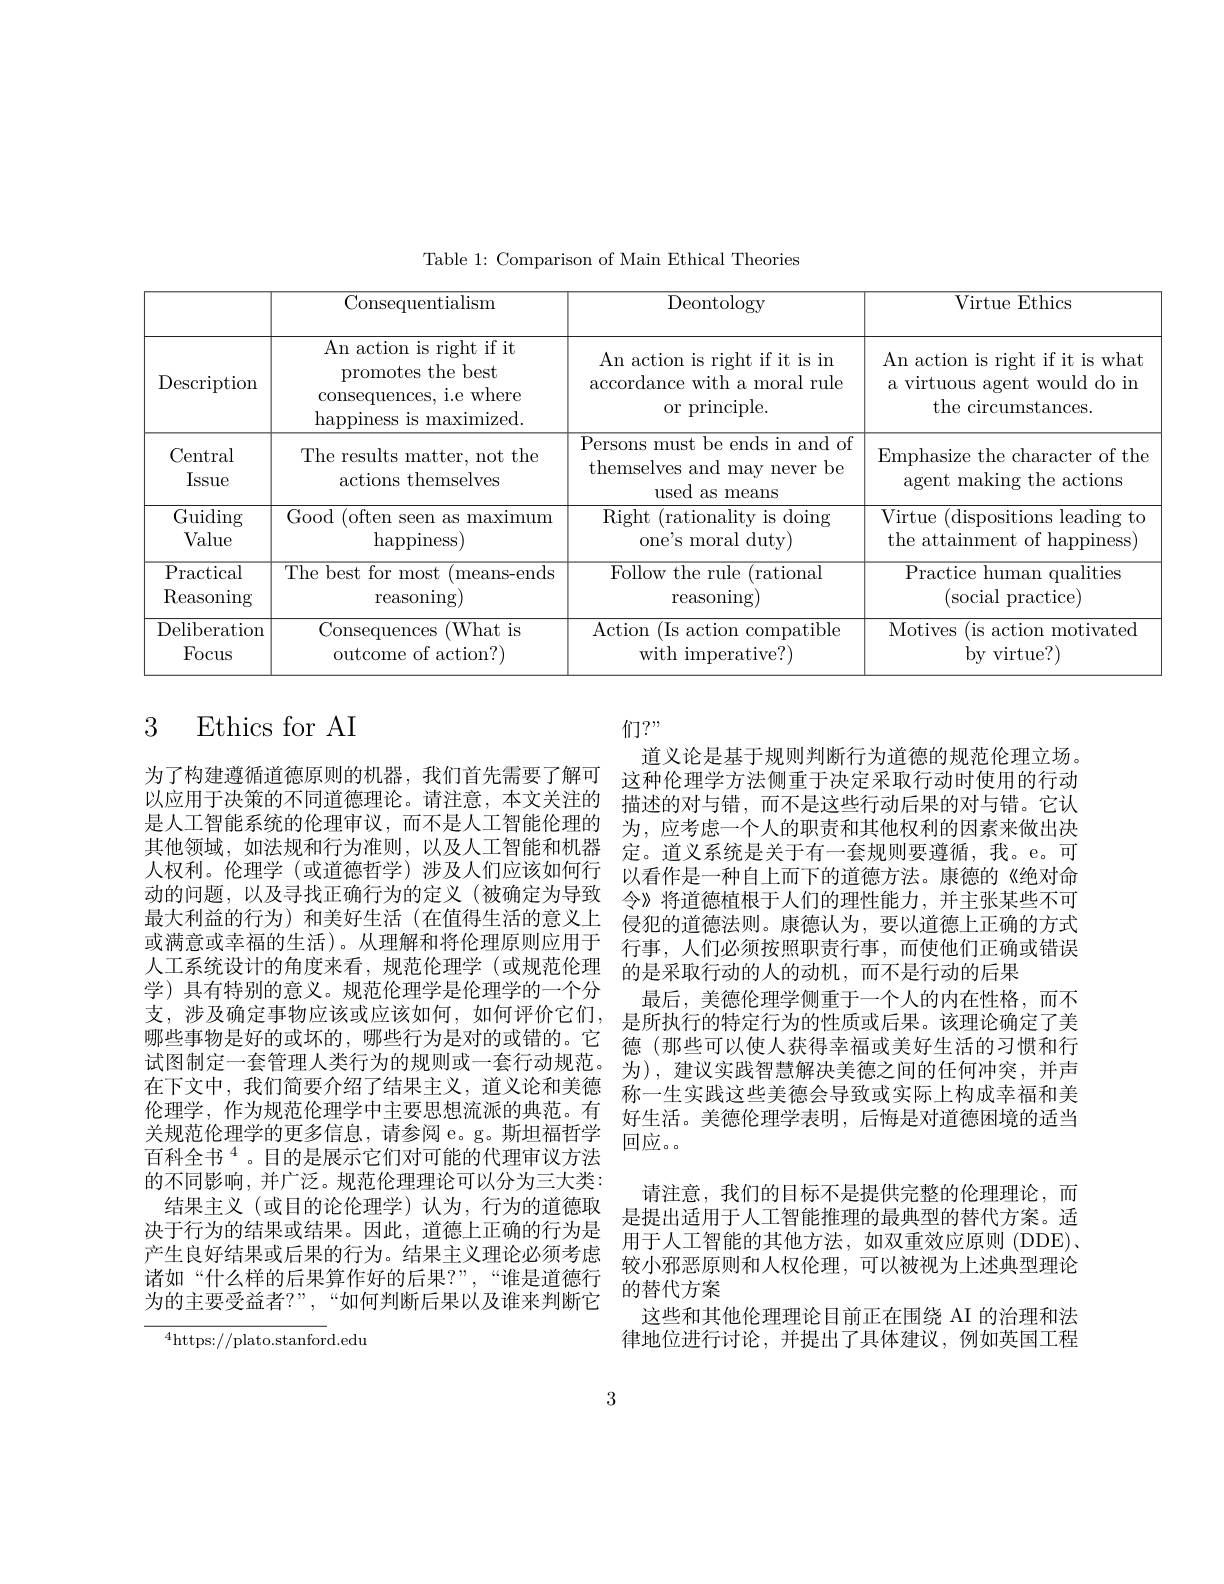
Table 1: Comparison of Main Ethical Theories

<table>
	<tbody>
		<tr>
			<th> </th>
			<th>Consequentialism</th>
			<th>$\overline{{\mathrm{Deontology}}}$</th>
			<th>Virtue Ethics</th>
		</tr>
		<tr>
			<td>Description</td>
			<td>An action is right if it promotes the best consequences, i.e where happiness is maximized.</td>
			<td>An action is right if it is in $\operatorname{accordance~with~a~moral~rule}$ or principle.</td>
			<td>An action is right if it is what a virtuous agent would do in the circumstances.</td>
		</tr>
		<tr>
			<td>Central Issue</td>
			<td>The results matter, not the actions themselves</td>
			<td>Persons must be ends in and of themselves and may never be used as means</td>
			<td>Emphasize the character of the agent making the actions</td>
		</tr>
		<tr>
			<td>$\overline{\mathrm{Guiding}}$ Value</td>
			<td>Good (often seen as maximum $\operatorname{happiness}$</td>
			<td>Right t (rationality is doing one's moral duty)</td>
			<td>Virtue 1 $\frac{1}{2}=\frac{1}{2}=\frac{1}{2}$ (dispositions leading to the attainment of happiness)</td>
		</tr>
		<tr>
			<td>$\overline{{\mathrm{Practical}}}$ Reasoning</td>
			<td>The best for most t (means-ends reasoning)</td>
			<td>Follow the rule ( rational reasoning)</td>
			<td>Practice human qualities (social practice)</td>
		</tr>
		<tr>
			<td>Deliberation Focus</td>
			<td>Consequences (What is outcome of action?)</td>
			<td>Action (Is action compatible with imperative?)</td>
			<td>Motives ( is action motivated bv virtue?)</td>
		</tr>
	</tbody>
</table>

# 3 Ethics for AI

为了构建遵循道德原则的机器，我们首先需要了解可以应用于决策的不同道德理论。请注意，本文关注的是人工智能系统的伦理审议，而不是人工智能伦理的其他领域，如法规和行为准则，以及人工智能和机器人权利。伦理学(或道德哲学)涉及人们应该如何行动的问题，以及寻找正确行为的定义(被确定为导致最大利益的行为)和美好生活(在值得生活的意义上或满意或幸福的生活)。从理解和将伦理原则应用于人工系统设计的角度来看，规范伦理学(或规范伦理学) 具有特别的意义。规范伦理学是伦理学的一个分支，涉及确定事物应该或应该如何，如何评价它们， 哪些事物是好的或坏的，哪些行为是对的或错的。它试图制定一套管理人类行为的规则或一套行动规范。为),建议实践智慧解决美德之间的任何冲突，并声
在下文中，我们简要介绍了结果主义，道义论和美德伦理学，作为规范伦理学中主要思想流派的典范。有
百科全书$^{4}$。目的是展示它们对可能的代理审议方法的不同影响，并广泛。规范伦理理论可以分为三大类：
结果主义(或目的论伦理学)认为，行为的道德取决于行为的结果或结果。因此，道德上正确的行为是产生良好结果或后果的行为。结果主义理论必须考虑诸如“什么样的后果算作好的后果？”,“谁是道德行为的主要受益者？”,“如何判断后果以及谁来判断它

们？"
道义论是基于规则判断行为道德的规范伦理立场。这种伦理学方法侧重于决定采取行动时使用的行动描述的对与错，而不是这些行动后果的对与错。它认为，应考虑一个人的职责和其他权利的因素来做出决定。道义系统是关于有一套规则要遵循，我。e。可以看作是一种自上而下的道德方法。康德的《绝对命令》将道德植根于人们的理性能力，并主张某些不可侵犯的道德法则。康德认为，要以道德上正确的方式行事，人们必须按照职责行事，而使他们正确或错误的是采取行动的人的动机，而不是行动的后果
最后，美德伦理学侧重于一个人的内在性格，而不是所执行的特定行为的性质或后果。该理论确定了美德 (那些可以使人获得幸福或美好生活的习惯和行称一生实践这些美德会导致或实际上构成幸福和美好生活。美德伦理学表明，后悔是对道德困境的适当
请注意，我们的目标不是提供完整的伦理理论，而是提出适用于人工智能推理的最典型的替代方案。适用于人工智能的其他方法，如双重效应原则 (DDE)、 较小邪恶原则和人权伦理，可以被视为上述典型理论的替代方案
这些和其他伦理理论目前正在围绕 AI 的治理和法律地位进行讨论，并提出了具体建议，例如英国工程

$^{4}$https://plato.stanford.edu

3